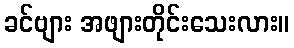
ခင်ဗျား အဖျားတိုင်းသေးလား။